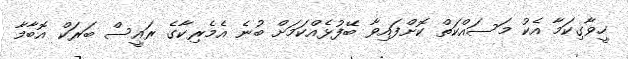
ހީވާގިކަމާ އެކު މަސައްކަތް ކޮށްފައިވާ ބޭފުޅެއްކަމަށް ބުނެ އެމެރިކާގެ ރައީސް ބަރަކް އޮބާމާ